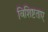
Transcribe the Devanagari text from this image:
विशिष्टताए